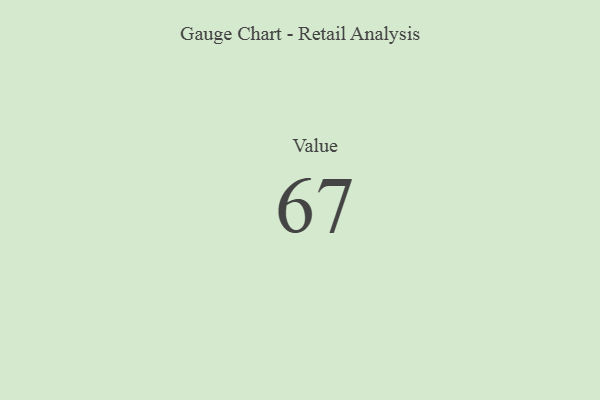
{"axis": {"x": "Metric", "y": "Value"}, "legend": [""], "data": [{"x": "Value", "y": 67, "type": ""}]}